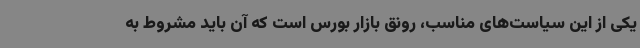
یکی از این سیاست‌های مناسب، رونق بازار بورس است که آن باید مشروط به